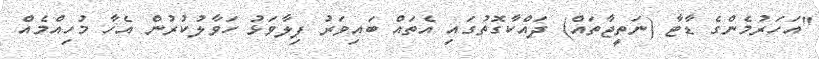
"އަހަރުމެންގެ ޑާޓާ (ނަތީޖާތައް) ދައްކާގޮތުގައި އެތައް ބައިވަރު ފިލާވަޅު ހަވާލުކުރުން އެހާ މުހިއްމެއް